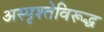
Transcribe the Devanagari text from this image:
अस्पृश्तेविरूद्ध